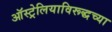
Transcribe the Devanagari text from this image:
ऑस्ट्रेलियाविरूद्धच्या